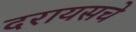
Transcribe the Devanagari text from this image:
दरायसचे